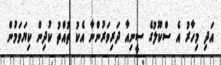
އަދި މިހާރު އެ ސްކޫލުގެ ސީނިއާ ދަރިވަރުންނާ އެކު ތުއްތު ކުދިން ކިޔަވަމުން